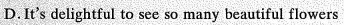
D.It's delightful to see so many beautiful flowers